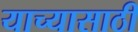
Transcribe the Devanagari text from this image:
याच्यासाठी